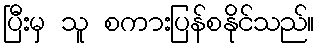
ပြီးမှ သူ စကားပြန်စနိုင်သည်။